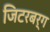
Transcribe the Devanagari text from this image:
जिटरबर्ग